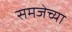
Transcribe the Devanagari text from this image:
समजेच्या